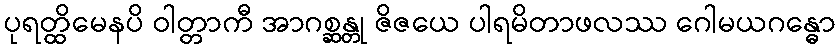
ပုရတ္ထိမေနပိ ဝါတ္တာကီ အာဂစ္ဆန္တု ဇိဇယေ ပါရမိတာဖလဿ ဂေါမယဂန္ဓော